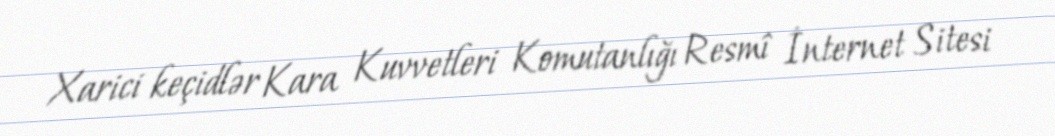
Xarici keçidlər Kara Kuvvetleri Komutanlığı Resmî İnternet Sitesi